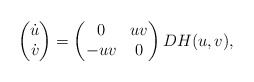
\begin{align*}\left(\begin{matrix}\dot u \\\dot v\end{matrix}\right) = \left(\begin{matrix}0 & uv \\-uv & 0\end{matrix}\right) DH(u,v),\end{align*}